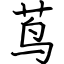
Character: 茑